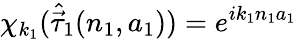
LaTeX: \chi_{k_{1}}({\hat{\vec{\tau}}}_{1}(n_{1},a_{1}))=e^{ik_{1}n_{1}a_{1}}